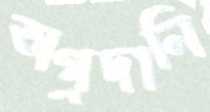
অগ্রদানি